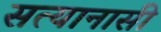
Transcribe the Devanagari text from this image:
सत्यानासी